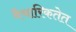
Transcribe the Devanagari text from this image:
वैचारिकतेत